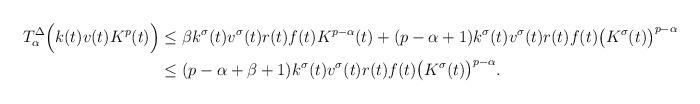
LaTeX: \begin{align*}T_\alpha^\Delta \Big(k(t)v(t)K^p(t)\Big)&\leq\beta k^\sigma(t)v^\sigma(t)r(t)f(t)K^{p-\alpha}(t)+(p-\alpha+1)k^\sigma(t)v^\sigma(t)r(t)f(t)\big(K^\sigma(t)\big)^{p-\alpha}\\&\leq(p-\alpha+\beta+1)k^\sigma(t)v^\sigma(t)r(t)f(t)\big(K^\sigma(t)\big)^{p-\alpha}.\end{align*}